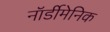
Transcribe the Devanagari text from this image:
नॉर्डीमेनिक